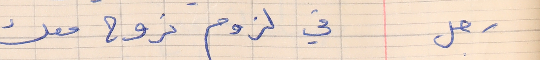
رجل     في لزوم نروح معك